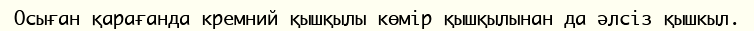
Осыған қарағанда кремний қышқылы көмір қышқылынан да әлсіз қышкыл.